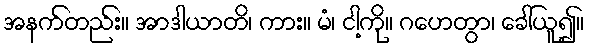
အနက်တည်း။ အာဒါယာတိ၊ ကား။ မံ၊ ငါ့ကို။ ဂဟေတွာ၊ ခေါ်ယူ၍။